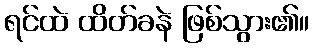
ရင်ထဲ ထိတ်ခနဲ ဖြစ်သွား၏။